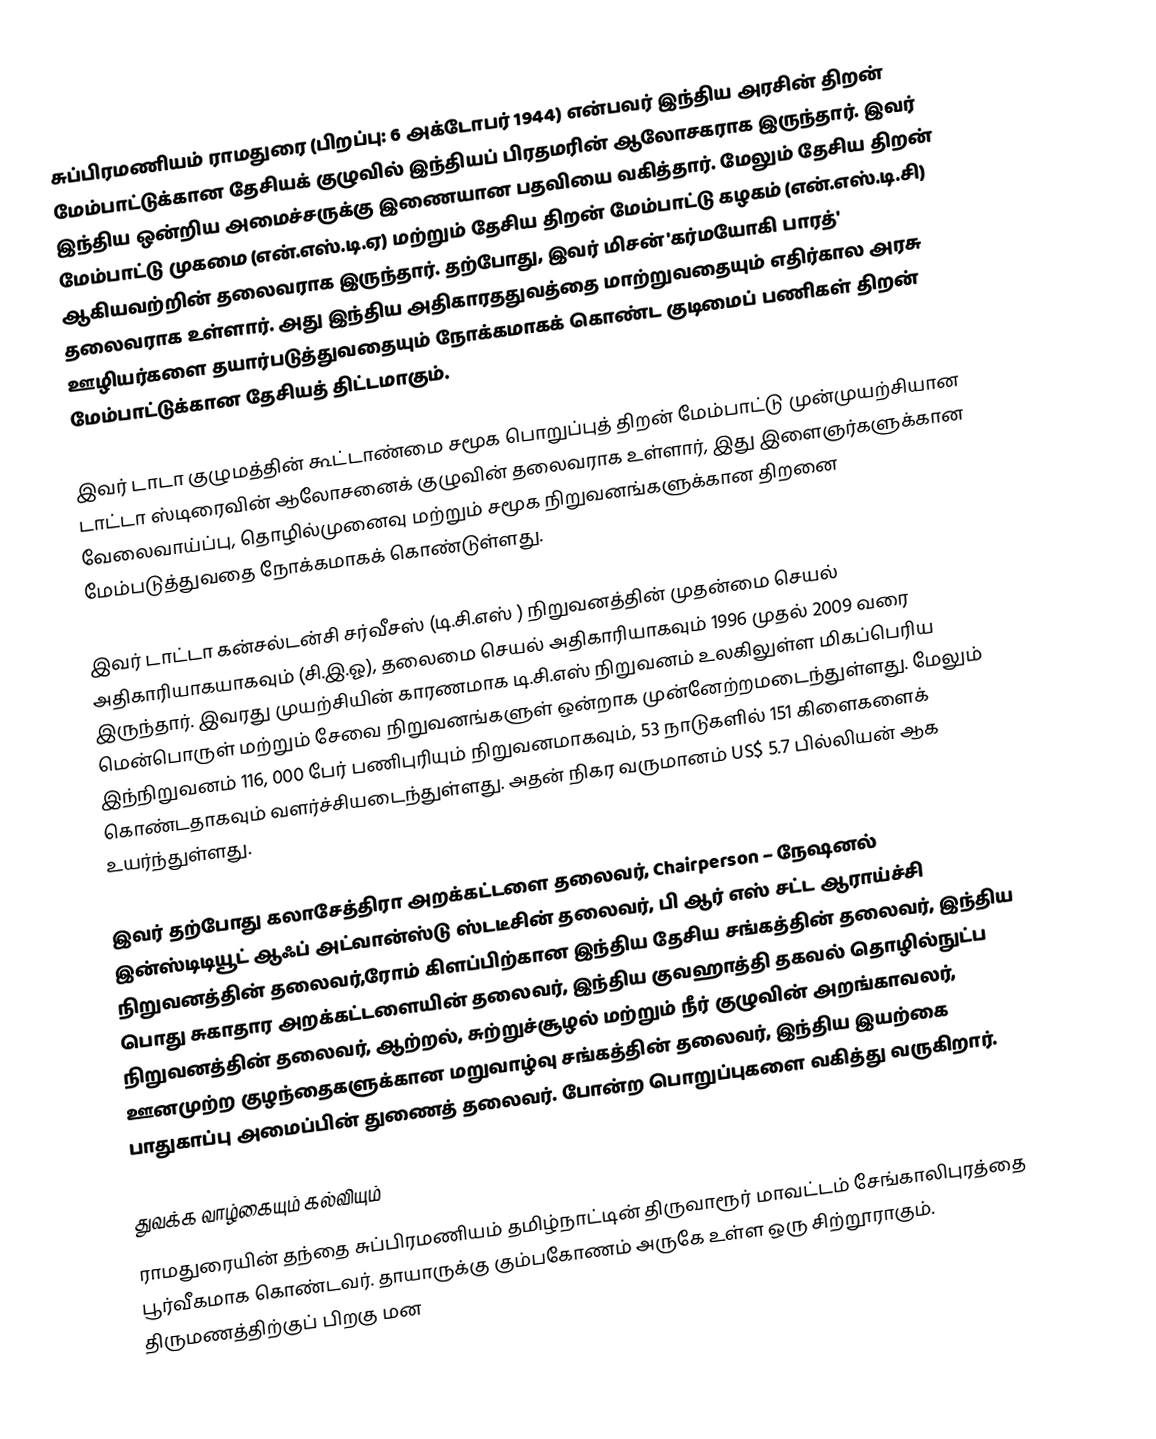
சுப்பிரமணியம் ராமதுரை (பிறப்பு: 6 அக்டோபர் 1944) என்பவர் இந்திய அரசின் திறன் மேம்பாட்டுக்கான தேசியக் குழுவில் இந்தியப் பிரதமரின் ஆலோசகராக இருந்தார். இவர் இந்திய ஒன்றிய அமைச்சருக்கு இணையான பதவியை வகித்தார். மேலும் தேசிய திறன் மேம்பாட்டு முகமை (என்.எஸ்.டி.ஏ) மற்றும் தேசிய திறன் மேம்பாட்டு கழகம் (என்.எஸ்.டி.சி) ஆகியவற்றின் தலைவராக இருந்தார். தற்போது, இவர் மிசன் 'கர்மயோகி பாரத்' தலைவராக உள்ளார். அது இந்திய அதிகாரததுவத்தை மாற்றுவதையும் எதிர்கால அரசு ஊழியர்களை தயார்படுத்துவதையும் நோக்கமாகக் கொண்ட குடிமைப் பணிகள் திறன் மேம்பாட்டுக்கான தேசியத் திட்டமாகும்.

இவர் டாடா குழுமத்தின் கூட்டாண்மை சமூக பொறுப்புத் திறன் மேம்பாட்டு முன்முயற்சியான டாட்டா ஸ்டிரைவின் ஆலோசனைக் குழுவின் தலைவராக உள்ளார், இது இளைஞர்களுக்கான வேலைவாய்ப்பு, தொழில்முனைவு மற்றும் சமூக நிறுவனங்களுக்கான திறனை மேம்படுத்துவதை நோக்கமாகக் கொண்டுள்ளது.

இவர் டாட்டா கன்சல்டன்சி சர்வீசஸ் (டி.சி.எஸ் ) நிறுவனத்தின் முதன்மை செயல் அதிகாரியாகயாகவும் (சி.இ.ஓ), தலைமை செயல் அதிகாரியாகவும் 1996 முதல் 2009 வரை இருந்தார். இவரது முயற்சியின் காரணமாக டி.சி.எஸ்  நிறுவனம் உலகிலுள்ள மிகப்பெரிய மென்பொருள் மற்றும் சேவை நிறுவனங்களுள் ஒன்றாக முன்னேற்றமடைந்துள்ளது. மேலும் இந்நிறுவனம் 116, 000 பேர் பணிபுரியும் நிறுவனமாகவும், 53 நாடுகளில் 151 கிளைகளைக் கொண்டதாகவும் வளர்ச்சியடைந்துள்ளது. அதன் நிகர வருமானம் US$ 5.7 பில்லியன் ஆக உயர்ந்துள்ளது.

இவர் தற்போது கலாசேத்திரா அறக்கட்டளை தலைவர், Chairperson – நேஷனல் இன்ஸ்டிடியூட் ஆஃப் அட்வான்ஸ்டு ஸ்டடீசின் தலைவர், பி ஆர் எஸ் சட்ட ஆராய்ச்சி நிறுவனத்தின் தலைவர்,ரோம் கிளப்பிற்கான இந்திய தேசிய சங்கத்தின் தலைவர், இந்திய பொது சுகாதார அறக்கட்டளையின் தலைவர், இந்திய குவஹாத்தி தகவல் தொழில்நுட்ப நிறுவனத்தின் தலைவர், ஆற்றல், சுற்றுச்சூழல் மற்றும் நீர் குழுவின் அறங்காவலர், ஊனமுற்ற குழந்தைகளுக்கான மறுவாழ்வு சங்கத்தின் தலைவர், இந்திய இயற்கை பாதுகாப்பு அமைப்பின் துணைத் தலைவர்.  போன்ற பொறுப்புகளை வகித்து வருகிறார்.

துவக்க வாழ்கையும் கல்வியும்
ராமதுரையின் தந்தை சுப்பிரமணியம் தமிழ்நாட்டின் திருவாரூர் மாவட்டம் சேங்காலிபுரத்தை பூர்வீகமாக கொண்டவர். தாயாருக்கு கும்பகோணம் அருகே உள்ள ஒரு சிற்றூராகும். திருமணத்திற்குப் பிறகு மன